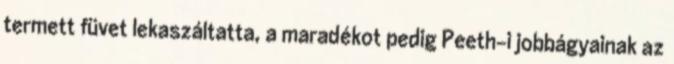
termett füvet lekaszáltatta, a maradékot pedig Peeth-i jobbágyainak az